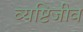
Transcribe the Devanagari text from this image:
व्यष्टिजीव